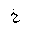
Letter: _kha